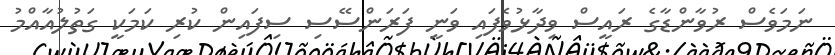
ނަމަވެސް ރުވާންޑާގެ ރައީސް ވިދާޅުވެފައި ވަނީ ފަރަންސޭސި ސިފައިން ކުރި ކަމަކީ ގަތުލުއާއްމު